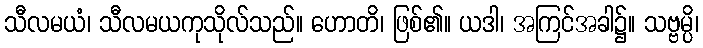
သီလမယံ၊ သီလမယကုသိုလ်သည်။ ဟောတိ၊ ဖြစ်၏။ ယဒါ၊ အကြင်အခါ၌။ သဗ္ဗမ္ပိ၊